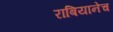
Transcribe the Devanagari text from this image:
राबियानेच